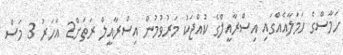
ހަމާސްގެ ހަމަލާއެއްގައި އިސްރާއީލްގެ ކުއްޖަކު މަރުވުމުން އިސްރާއީލް ރަތަށް2 އަހަރު 3 މަސް